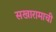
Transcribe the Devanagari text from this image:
सखारामाची